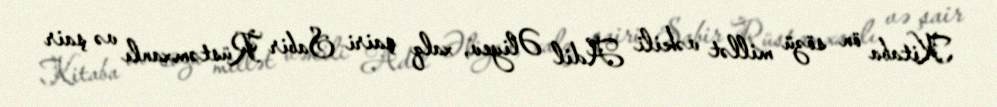
Kitaba ön sözü millət vəkili Adil Əliyev, xalq şairi Sabir Rüstəmxanlı və şair